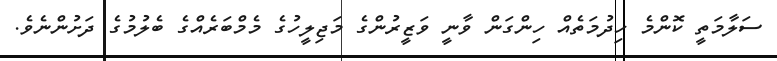
ސަލާމަތީ ކޮންމެ ހިދުމަތެއް ހިންގަން ވާނީ ވަޒީރުންގެ މަޖިލީހުގެ މެމްބަރެއްގެ ބެލުމުގެ ދަށުންނެވެ.